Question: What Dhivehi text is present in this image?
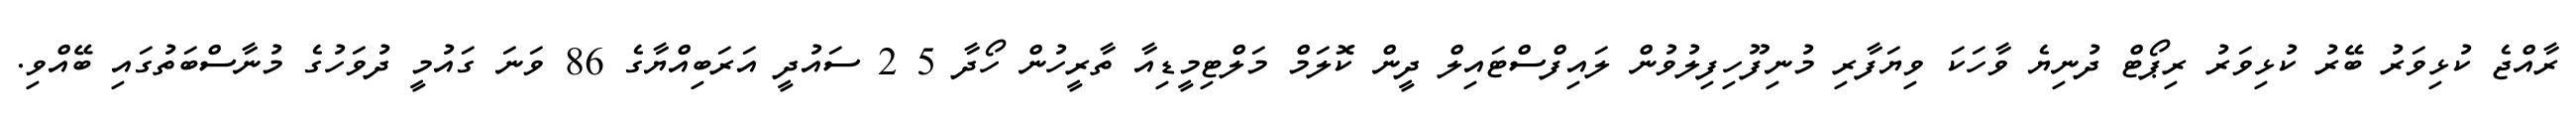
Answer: ރާއްޖެ ކުޅިވަރު ބޭރު ކުޅިވަރު ރިޕޯޓް ދުނިޔެ ވާހަކަ ވިޔަފާރި މުނިފޫހިފިލުވުން ލައިފްސްޓައިލް ދީން ކޮލަމް މަލްޓިމީޑިއާ ތާރީހުން ހޯދާ 5 2 ސައުދީ އަރަބިއްޔާގެ 86 ވަނަ ގައުމީ ދުވަހުގެ މުނާސްބަތުގައި ބޭއްވި.